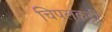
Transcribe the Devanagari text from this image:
चिपलकट्टी